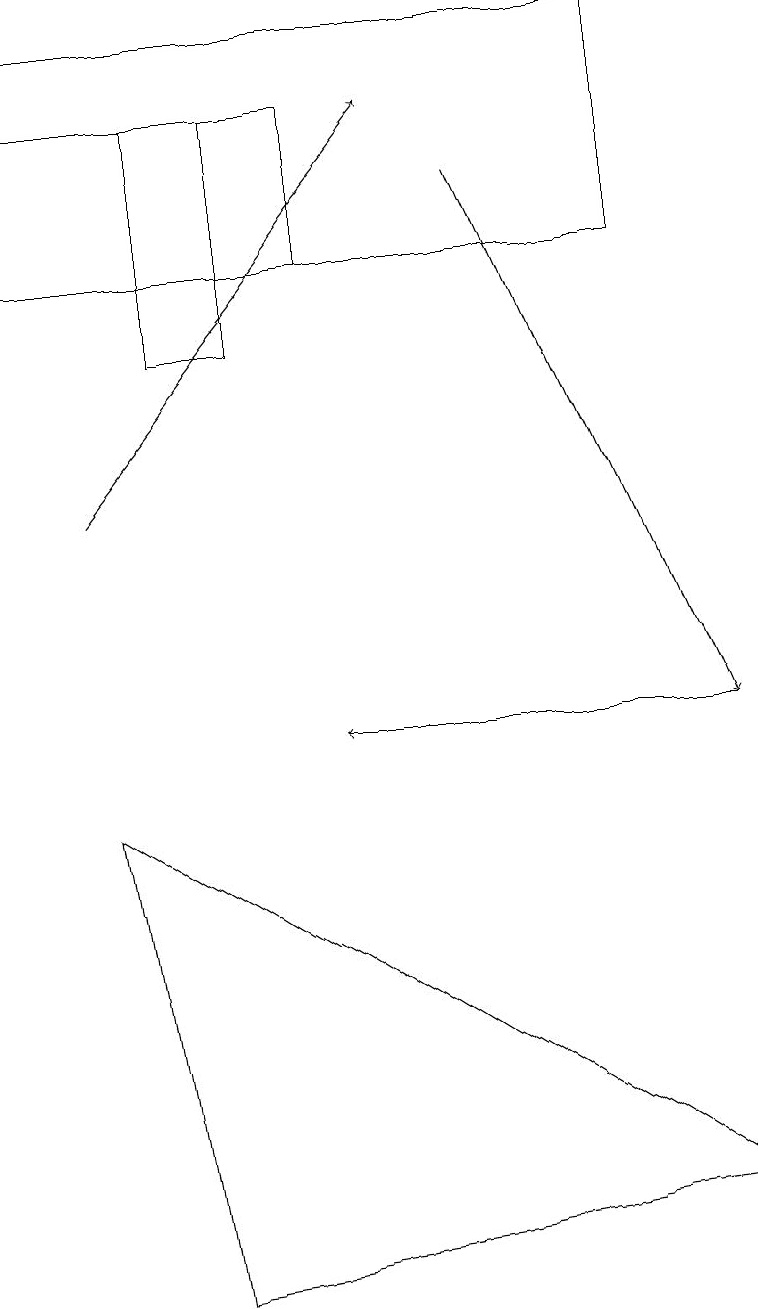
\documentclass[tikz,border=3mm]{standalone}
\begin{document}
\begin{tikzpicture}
\draw (2,18) rectangle (3,15);
\draw (1,9) -- (2,3) -- (9,4) -- cycle;
\draw (0,16) rectangle (4,18);
\draw (8,16) rectangle (0,19);
\draw[->] (6,17) -- (9,10);
\draw[->] (9,10) -- (4,10);
\draw[->] (1,13) -- (5,18);
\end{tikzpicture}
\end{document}